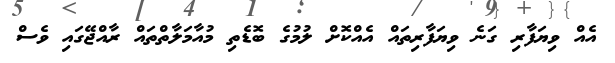
އެއް ވިޔަފާރި ގަނެ ވިޔަފާރިތައް އެއްކޮށް ލުމުގެ ބޮޑެތި މުއާމަލާތްތައް ރާއްޖޭގައި ވެސް